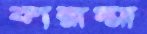
কান্নাম্মা